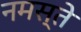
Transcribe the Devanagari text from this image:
नमस्‍ते